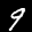
Label: 9